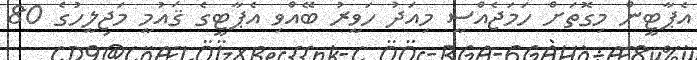
އެޕާޓީން މިގޮތަށް ހަމަޖެއްސީ މިއަދު ހަވީރު ބޭއްވި އެޕާޓީގެ ޤައުމީ މަޖިލީހުގެ 80